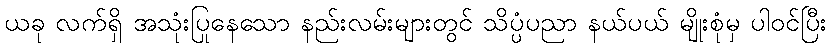
ယခု လက်ရှိ အသုံးပြုနေသော နည်းလမ်းများတွင် သိပ္ပံပညာ နယ်ပယ် မျိုးစုံမှ ပါဝင်ပြီး